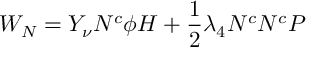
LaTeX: { \cal { W } } _ { N } = Y _ { \nu } N ^ { c } \phi H + \frac { 1 } { 2 } \lambda _ { 4 } N ^ { c } N ^ { c } P